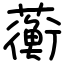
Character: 蘅